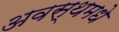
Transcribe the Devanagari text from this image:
अवस्थमधे